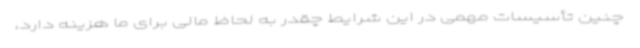
چنین تأسیسات مهمی در این شرایط چقدر به لحاظ مالی برای ما هزینه دارد،